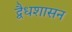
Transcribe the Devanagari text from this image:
द्वैधशासन